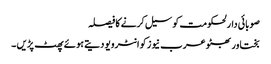
صوبائی دارلحکومت کو سیل کرنے کا فیصلہ
بختاور بھٹو عرب نیوز کو انٹرویو دیتے ہوئے پھٹ پڑیں ۔